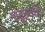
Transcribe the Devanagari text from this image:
चतुर्थांचे